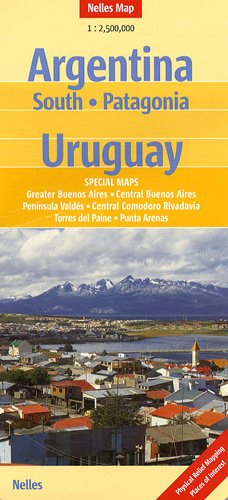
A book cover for Southern Argentina, Patagonia and Uruguay Nelles Map (English, French, Italian and German Edition); Nelles Verlag; Travel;